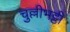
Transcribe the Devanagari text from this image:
चुल्लीभट्ठी